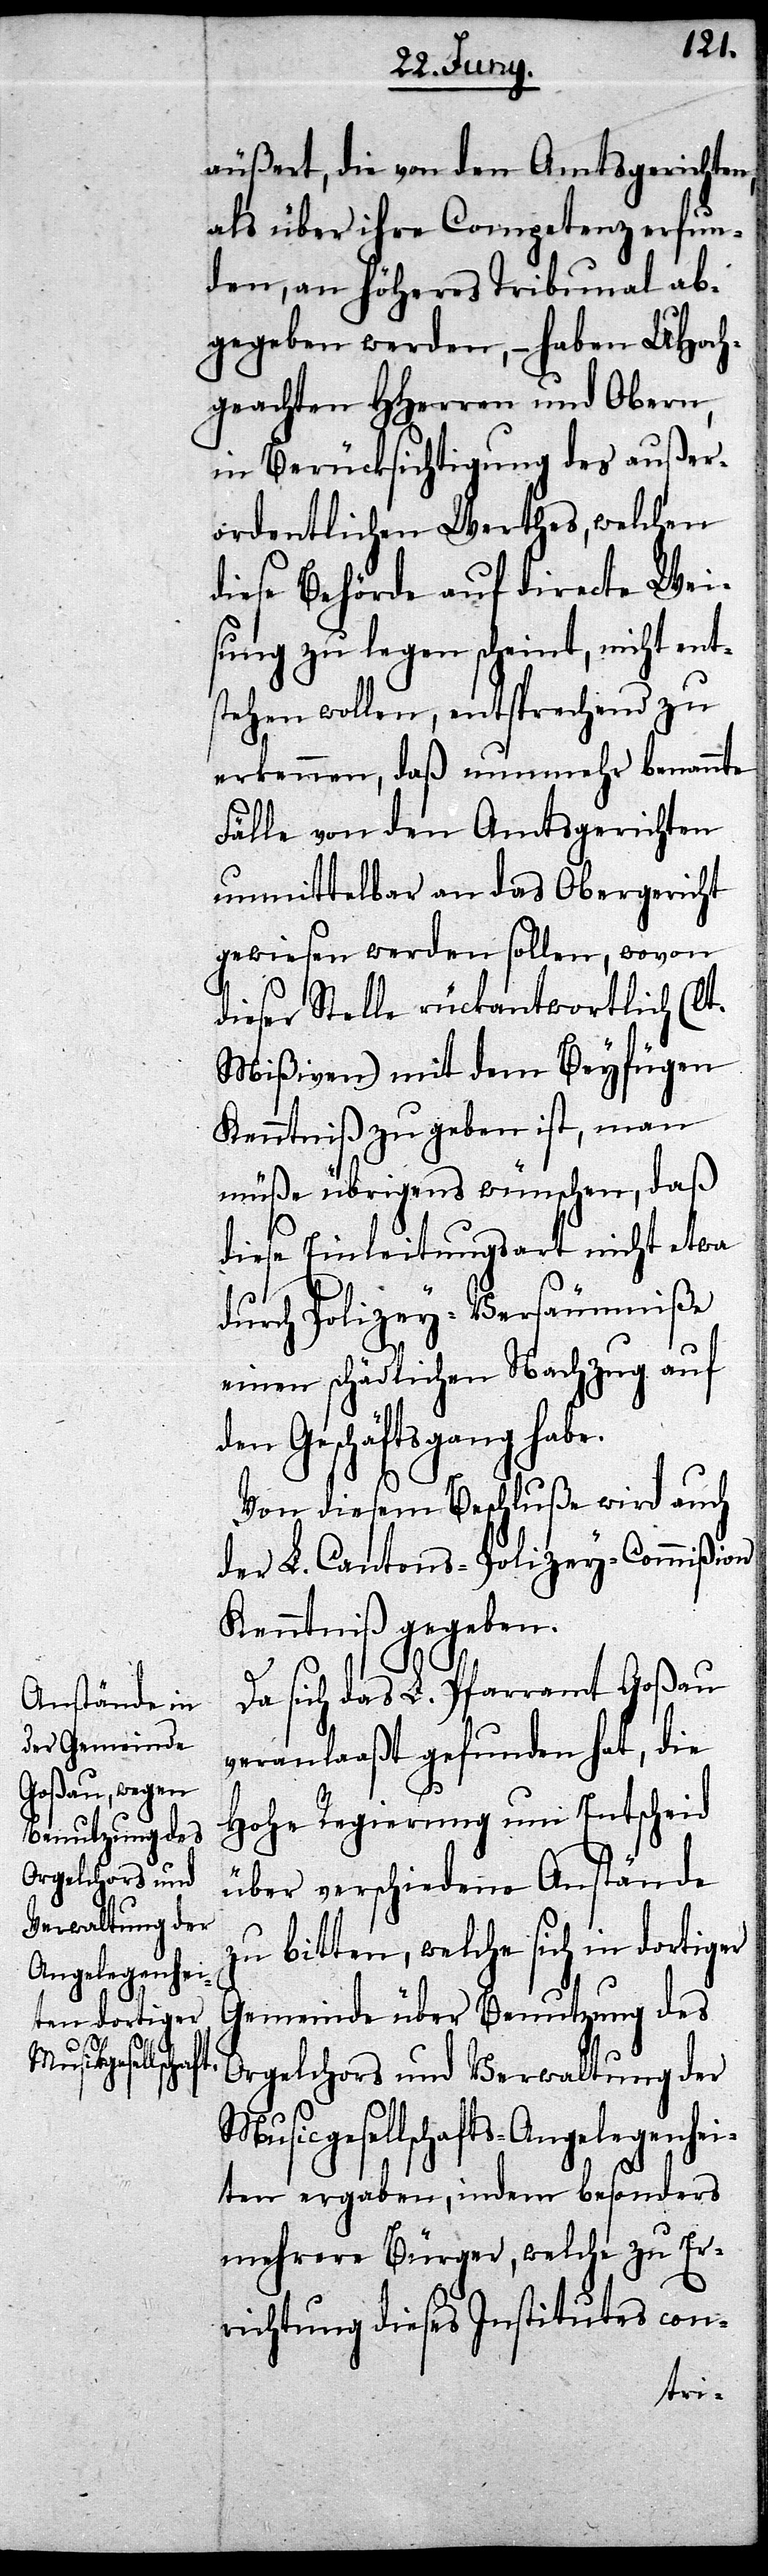
Orgelchors und
Verwaltung der

äußert, die von den Amtsgerichten,
als über ihre Competenz erfun¬
den, an Höheres Tribunal ab¬
gegeben werden, – haben UHoch¬
geachten HHerren und Obern,
in Berücksichtigung des außer¬
ordentlichen Werthes, welchen
diese Behörde auf directe Wei¬
sung zu legen scheint, nicht ent¬
stehen wollen, entsprechend zu
erkennen, daß nunmehr benannte
Fälle von den Amtsgerichten
unmittelbar an das Obergericht
gewiesen werden sollen, wovon
dieser Stelle rückantwortlich (lt.
Mißiven) mit dem Beyfügen
Kenntniß zu geben ist, man
müße übrigens wünschen, daß
diese Einleitungsart nicht etwa
durch Polizey-Versäumniße
einen schädlichen Nachzug auf
den Geschäftsgang habe.
Von diesem Beschluße wird auch
der L. Cantons-Polizey-Commißion
Kenntniß gegeben.
Da sich das L. Pfarramt Goßau
veranlaßt gefunden hat, die
Hohe Regierung um Entscheid
über verschiedene Anstände
zu bitten, welche sich in dortiger
Gemeinde über Benutzung des
Musicgesellschafts-Angelegenhei¬
ten ergaben, indem besonders
mehrere Bürger, welche zu Er¬
richtung dieses Institutes con-